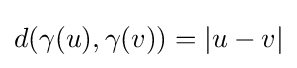
d(\gamma (u),\gamma (v))=\left|u-v\right|